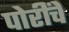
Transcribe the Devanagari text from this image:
पोरींचे